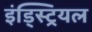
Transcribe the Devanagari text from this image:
इंड्स्ट्रियल